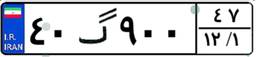
۴۰گ۹۰۰۴۷